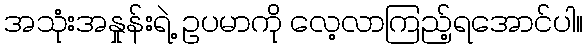
အသုံးအနှုန်းရဲ့ ဥပမာကို လေ့လာကြည့်ရအောင်ပါ။